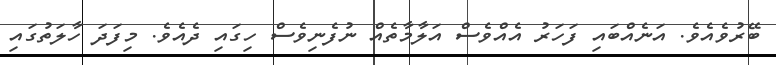
ބޭރުވެއެވެ. އަނެއްބައި ފަހަރު އެއްވެސް އަލާމާތެއް ނުފެނިވެސް ހިގައި ދެއެވެ. މިފަދަ ހާލަތުގައި